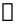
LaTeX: \mathbb{s}